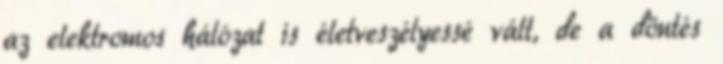
az elektromos hálózat is életveszélyessé vált, de a döntés